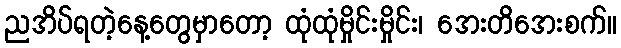
ညအိပ်ရတဲ့နေ့တွေမှာတော့ ထုံထုံမှိုင်းမှိုင်း၊ အေးတိအေးစက်။